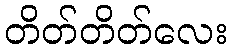
တိတ်တိတ်လေး